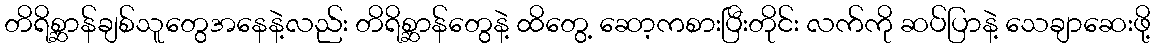
တိရိစ္ဆာန်ချစ်သူတွေအနေနဲ့လည်း တိရိစ္ဆာန်တွေနဲ့ ထိတွေ့ ဆော့ကစားပြီးတိုင်း လက်ကို ဆပ်ပြာနဲ့ သေချာဆေးဖို့